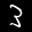
Label: 3